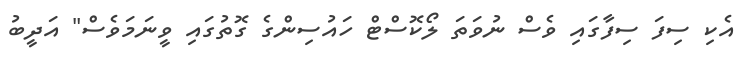
އެކި ސިފަ ސިފާގައި ވެސް ނުވަތަ ލޯކޮސްޓް ހައުސިންގެ ގޮތުގައި ވީނަމަވެސް" އަދީބު